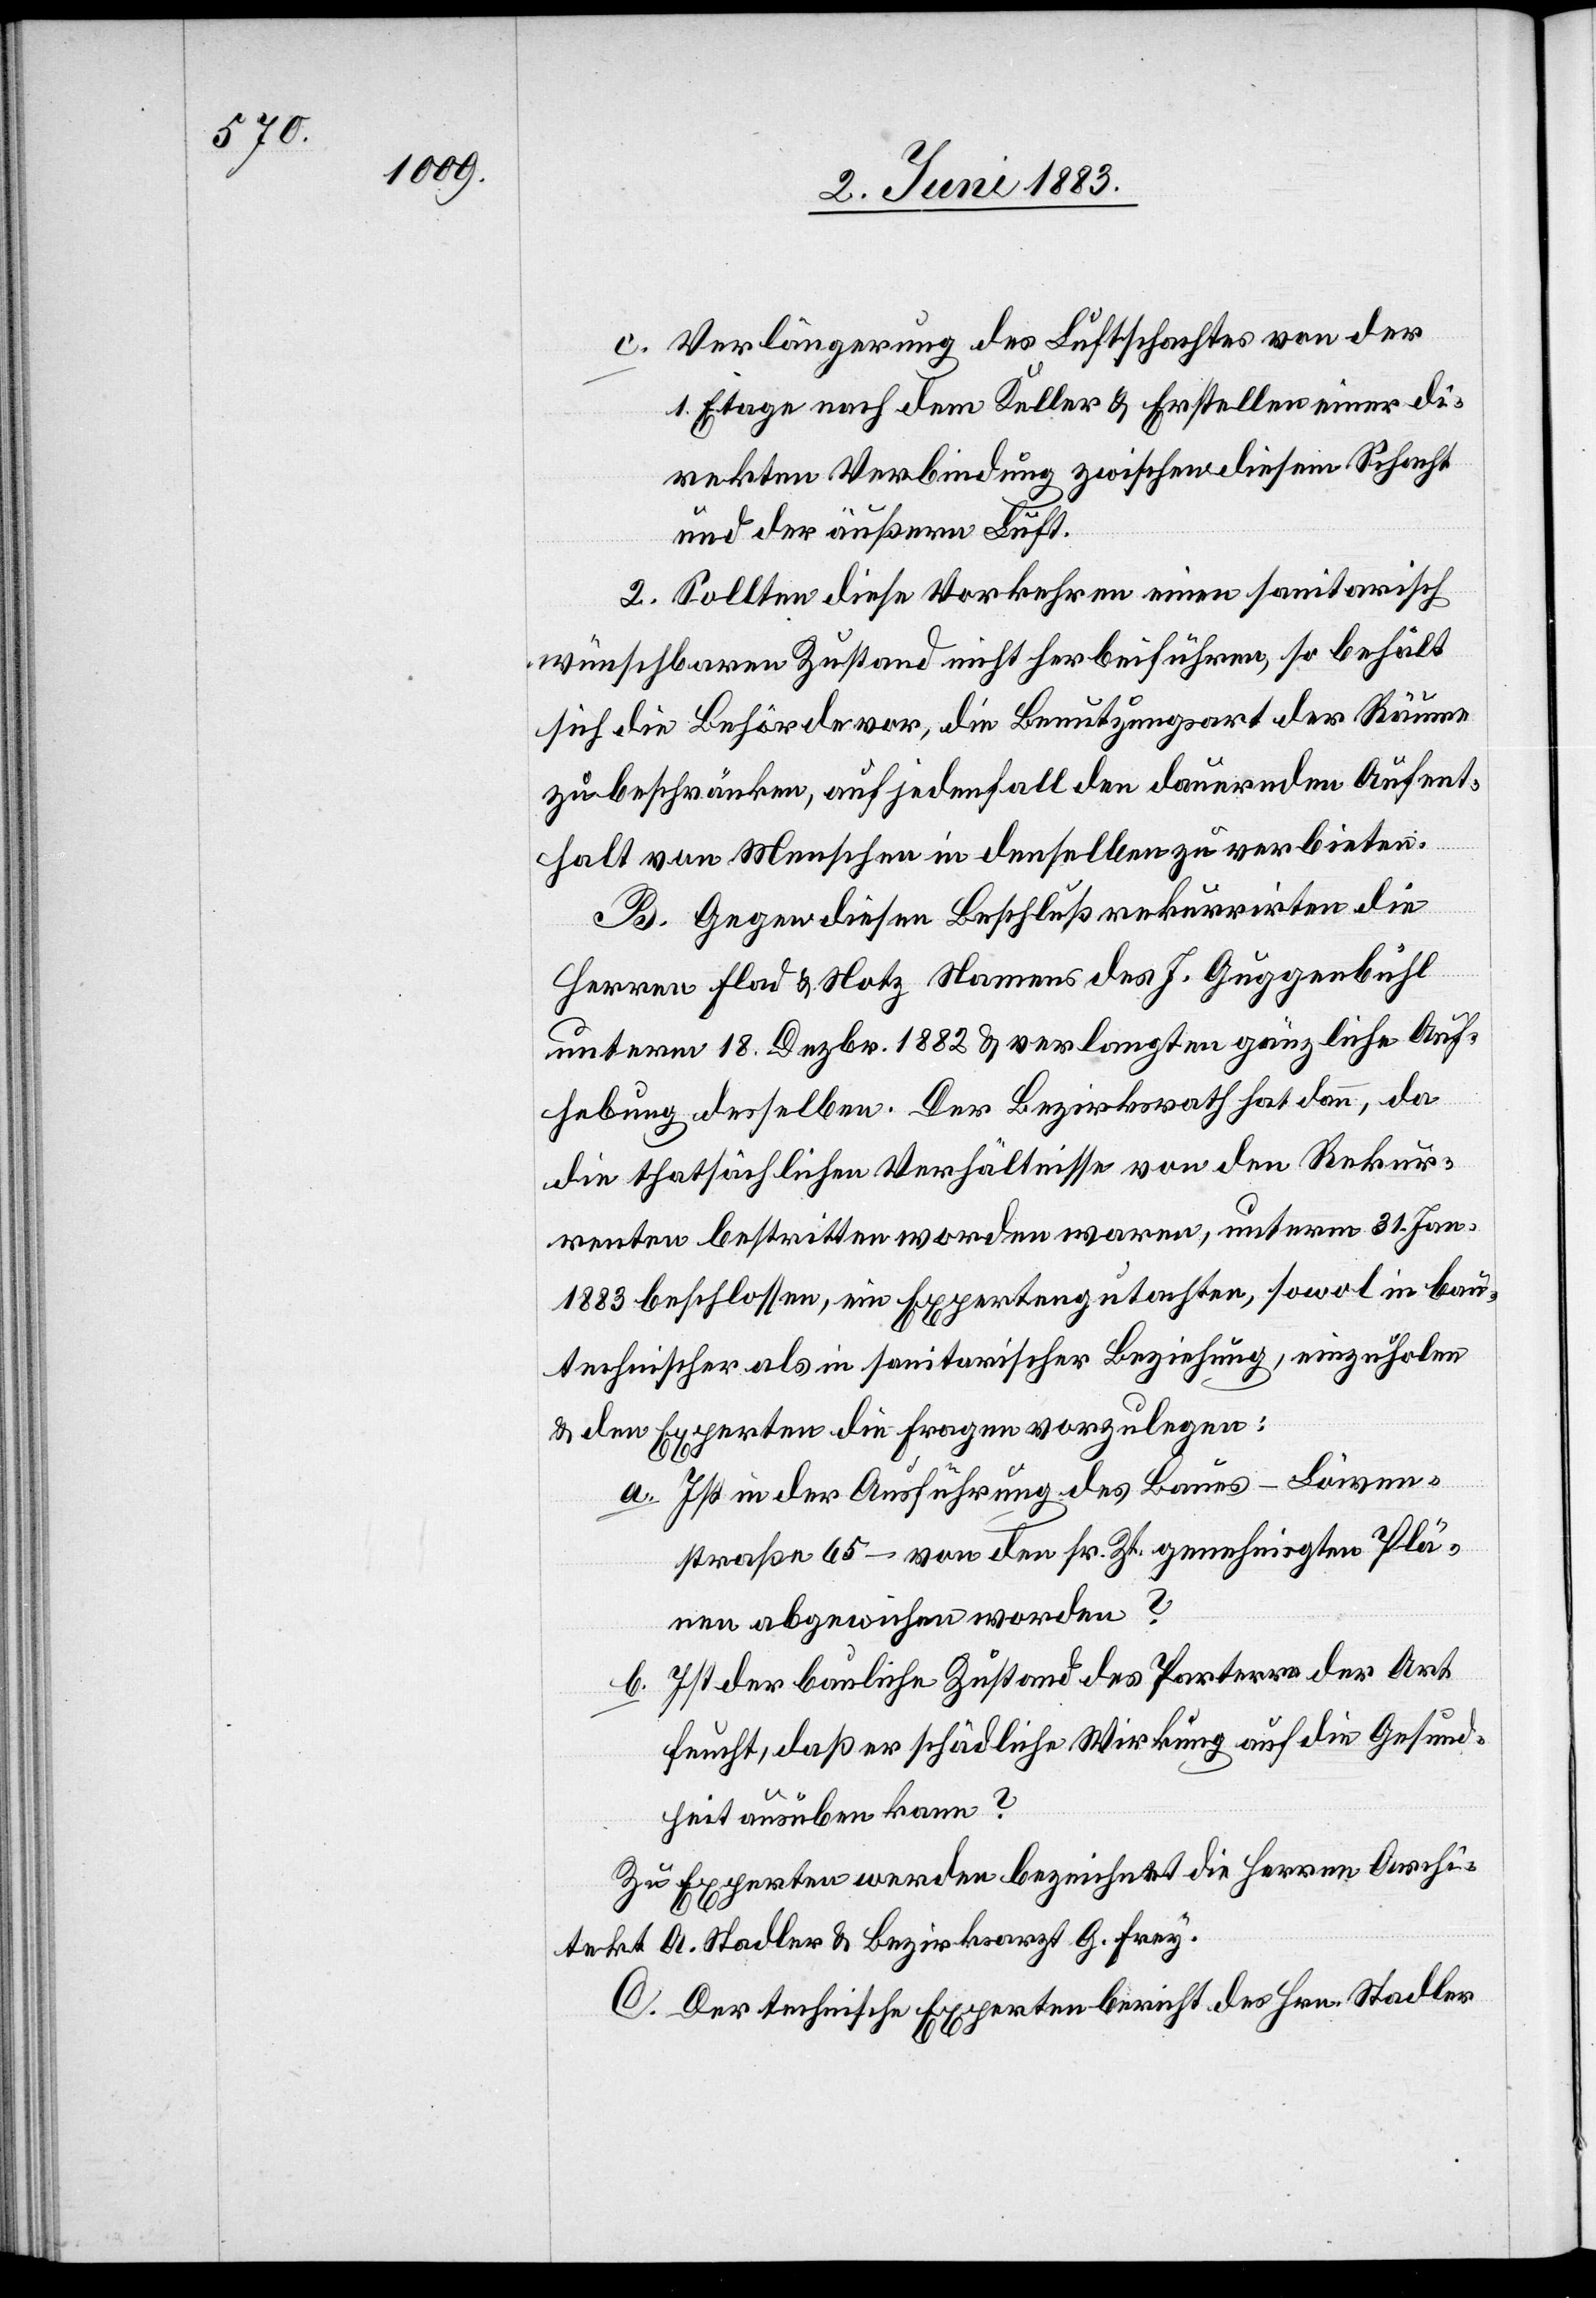
c. Verlängerung des Luftschachtes von der
1. Etage nach dem Keller & Erstellen einer di¬
rekten Verbindung zwischen diesem Schacht
und der äußern Luft.
2. Sollten diese Vorkehren einen sanitarisch
wünschbaren Zustand nicht herbeiführen, so behält
sich die Behörde vor, die Benutzungsart der Räume
zu beschränken, auf jeden Fall den dauernden Aufent¬
halt von Menschen in denselben zu verbieten.
B. Gegen diesen Beschluß rekurrirten die
Herren Flad & Notz Namens des J. Guggenbühl
unterm 18. Dezbr. 1882 & verlangten gänzliche Auf¬
hebung desselben. Der Bezirksrath hat dann, da
die thatsächlichen Verhältnisse von den Rekur¬
renten bestritten worden waren, unterm 31. Jan.
1883 beschlossen, ein Expertengutachten, sowol in bau¬
technischer als in sanitarischer Beziehung, einzuholen
& den Experten die Fragen vorzulegen:
a. Ist in der Ausführung des Baues – Löwen¬
straße 65 – von den sr. Zt. genehmigten Plä¬
nen abgewiesen worden?
b. Ist der bauliche Zustand des Parterre der Art
feucht, daß er schädliche Wirkung auf die Gesund¬
heit ausüben kann?
Zu Experten werden bezeichnet die Herren Archi¬
tekt A. Stadler & Bezirksarzt G. Frey.
C. Der technische Expertenbericht des Hrn. Stadler